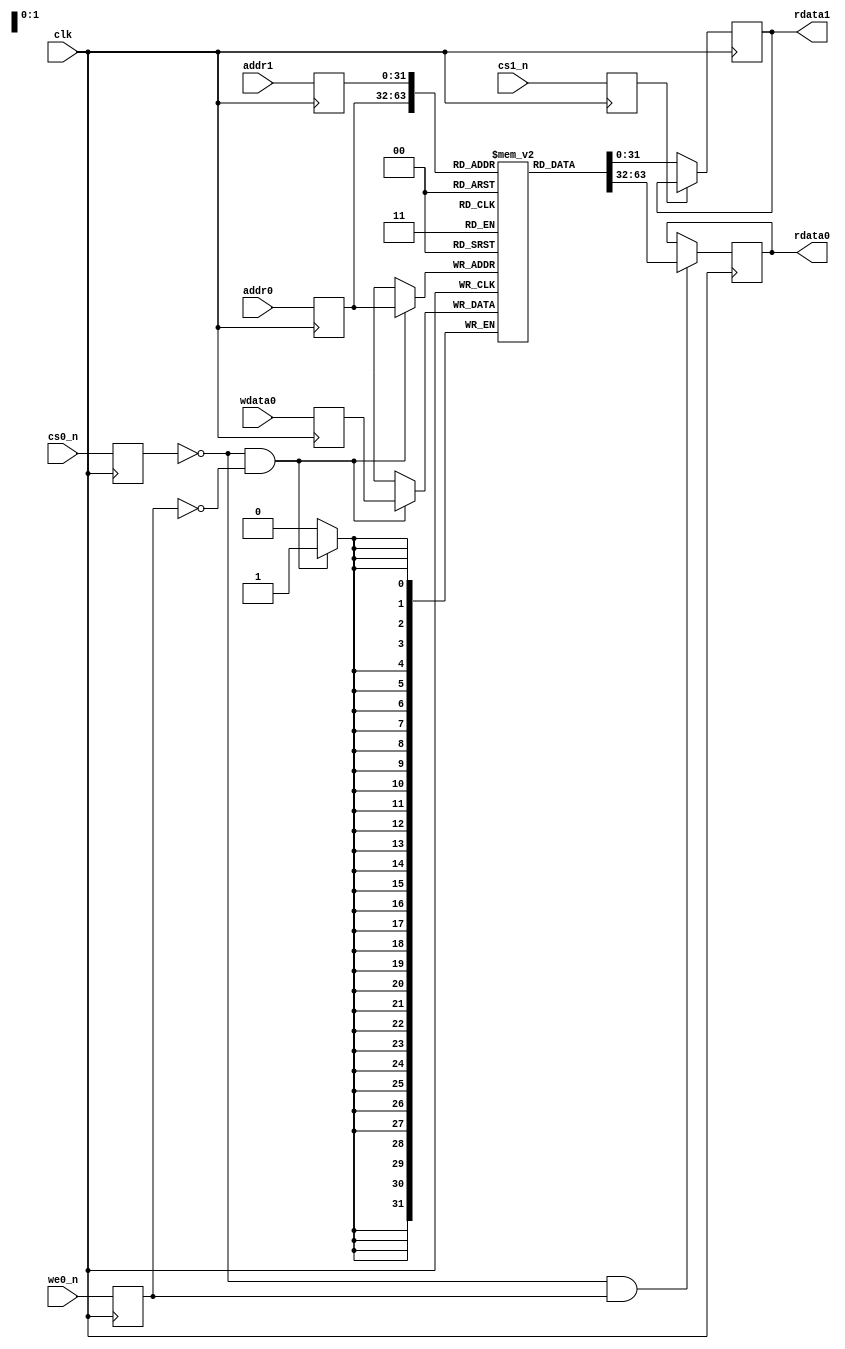
////////////////////////////////////////////////////////////////////////////
// SPDX-FileCopyrightText: 2022 , Julien OURY
//
// Licensed under the Apache License, Version 2.0 (the "License");
// you may not use this file except in compliance with the License.
// You may obtain a copy of the License at
//
//      http://www.apache.org/licenses/LICENSE-2.0
//
// Unless required by applicable law or agreed to in writing, software
// distributed under the License is distributed on an "AS IS" BASIS,
// WITHOUT WARRANTIES OR CONDITIONS OF ANY KIND, either express or implied.
// See the License for the specific language governing permissions and
// limitations under the License.
// SPDX-License-Identifier: Apache-2.0
// SPDX-FileContributor: Created by Julien OURY <julien.oury@outlook.fr>
//
////////////////////////////////////////////////////////////////////////////
module inferred_sram_1rw1r #(
  parameter ASIZE  = 32          , // Size of address bus (bits)
  parameter DSIZE  = 32            // Size of data bus (bits)
)(
  input  wire             clk    , // Clock (rising edge)

  // Port 0 (R/W)
  input  wire             cs0_n  , // Chip select (active low)
  input  wire             we0_n  , // Write enable (active low)
  input  wire [ASIZE-1:0] addr0  , // Adress bus
  input  wire [DSIZE-1:0] wdata0 , // Data bus (write)
  output reg  [DSIZE-1:0] rdata0 , // Data bus (read)

  // Port 1 (R/W)
  input  wire             cs1_n  , // Chip select (active low)
  input  wire [ASIZE-1:0] addr1  , // Adress bus
  output reg  [DSIZE-1:0] rdata1   // Data bus (read)
);

  reg              r_cs0_n ;
  reg              r_we0_n ;
  reg  [ASIZE-1:0] r_addr0 ;
  reg  [DSIZE-1:0] r_wdata0;
  reg              r_cs1_n ;
  reg  [ASIZE-1:0] r_addr1 ;
  reg  [DSIZE-1:0] memory[(2**ASIZE)-1:0];

  // Registers inputs
  always @(posedge clk) begin
    r_cs0_n  <= cs0_n ;
    r_we0_n  <= we0_n ;
    r_addr0  <= addr0 ;
    r_wdata0 <= wdata0;
    r_cs1_n  <= cs1_n ;
    r_addr1  <= addr1 ;
  end

  // Port 0 : Write operation
  always @(posedge clk) begin
    if (!r_cs0_n && !r_we0_n) begin
      memory[r_addr0] <= r_wdata0;
    end
  end

  // Port 0 : Read operation
  always @(posedge clk) begin
    if (!r_cs0_n && r_we0_n) begin
      rdata0 <= memory[r_addr0];
    end
  end

  // Port 1 : Read operation
  always @(posedge clk) begin
    if (!r_cs1_n) begin
      rdata1 <= memory[r_addr1];
    end
  end

endmodule